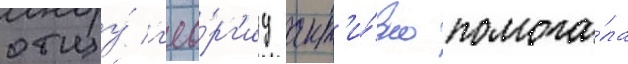
отцу́ г'ео́рг'иу акт'и́вно помога́ла